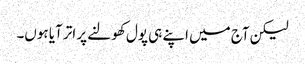
لیکن آج میں اپنے ہی پول کھولنے پر اتر آیا ہوں۔